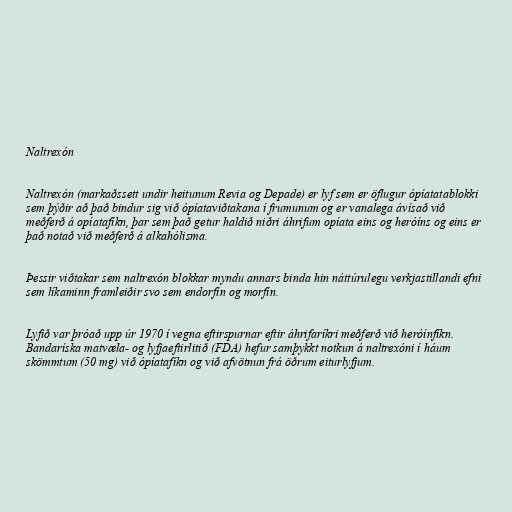
Naltrexón

Naltrexón (markaðssett undir heitunum Revia og Depade) er lyf sem er öflugur ópíatatablokki
sem þýðir að það bindur sig við ópíataviðtakana í frumunum og er vanalega ávísað við
meðferð á opíatafíkn, þar sem það getur haldið niðri áhrifum opíata eins og heróíns og eins er
það notað við meðferð á alkahólisma.

Þessir viðtakar sem naltrexón blokkar myndu annars binda hin náttúrulegu verkjastillandi efni
sem líkaminn framleiðir svo sem endorfín og morfín.

Lyfið var þróað upp úr 1970 í vegna eftirspurnar eftir áhrifaríkri meðferð við heróínfíkn.
Bandaríska matvæla- og lyfjaeftirlitið (FDA) hefur samþykkt notkun á naltrexóni í háum
skömmtum (50 mg) við ópíatafíkn og við afvötnun frá öðrum eiturlyfjum.